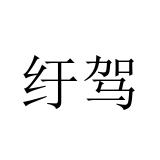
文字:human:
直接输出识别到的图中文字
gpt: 纡驾